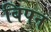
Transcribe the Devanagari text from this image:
बिपन